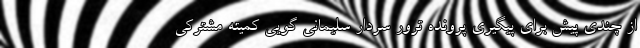
از چندی پیش برای پیگیری پرونده ترور سردار سلیمانی گویی کمیته مشترکی